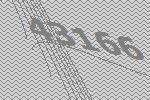
43166